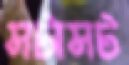
সটাসট